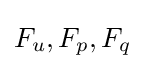
F_{u},F_{p},F_{q}